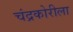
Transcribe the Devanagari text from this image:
चंद्रकोरीला